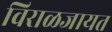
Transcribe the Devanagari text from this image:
विराळजायत